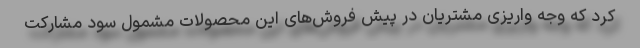
کرد که وجه واریزی مشتریان در پیش فروش‌های این محصولات مشمول سود مشارکت